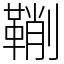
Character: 鞩